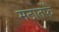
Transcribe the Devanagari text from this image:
मठातर्फे